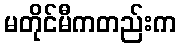
မတိုင်မီကတည်းက